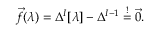
\vec { f } ( \lambda ) = \Delta ^ { I } [ \lambda ] - \Delta ^ { I - 1 } \overset { ! } { = } \vec { 0 } .